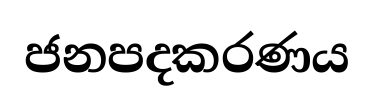
ජනපදකරණය